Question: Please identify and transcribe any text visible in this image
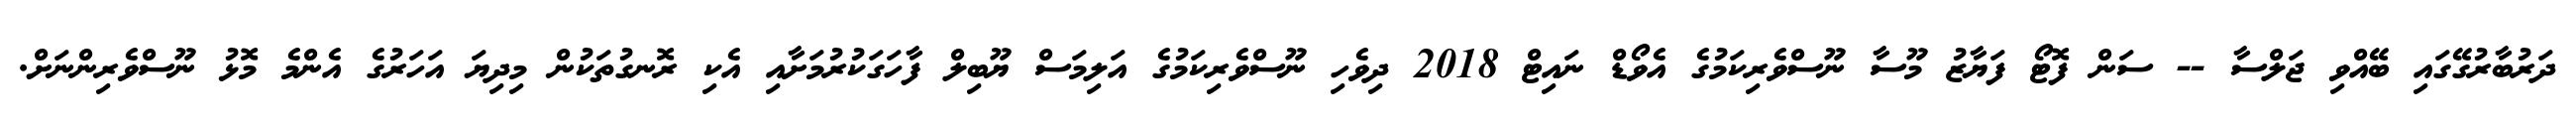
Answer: ދަރުބާރުގޭގައި ބޭއްވި ޖަލްސާ -- ސަން ފޮޓޯ ފަޔާޒު މޫސާ ނޫސްވެރިކަމުގެ އެވޯޑް ނައިޓް 2018 ދިވެހި ނޫސްވެރިކަމުގެ އަލިމަސް ޔޫބިލް ފާހަގަކުރުމަށާއި އެކި ރޮނގުތަކުން މިދިޔަ އަހަރުގެ އެންމެ މޮޅު ނޫސްވެރިންނަށް.